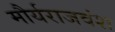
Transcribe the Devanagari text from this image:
मौर्यराजवंश